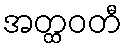
အတ္ထဝတီ